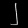
Digit: ၂